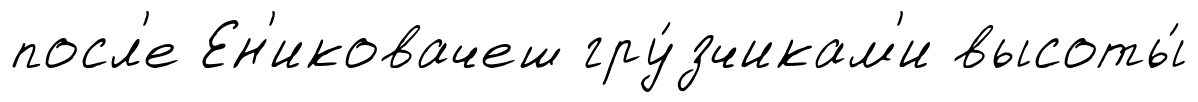
посл'е Ен'иковачеш гру́зчикам'и высоты́